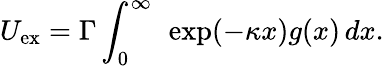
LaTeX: U_{\mathrm{ex}}=\Gamma\int_{0}^{\infty}\ \exp(-\kappa x)g(x)\, dx.